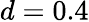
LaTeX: d=0.4